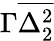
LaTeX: \Gamma\overline{{\Delta_{2}^{2}}}